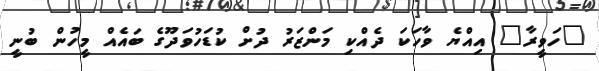
"ހަވީރާ" އިއްޔެ ވާހަކަ ދެއްކި މަންޒަރު ދުށް ކުޑަހުވަދޫގެ ބައެއް މީހުން ބުނީ